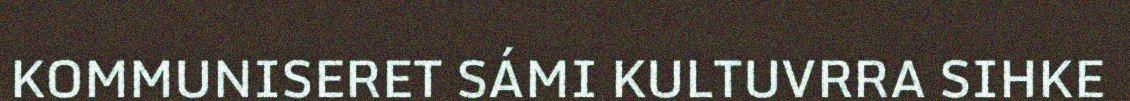
KOMMUNISERET SÁMI KULTUVRRA SIHKE